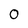
Character: 0